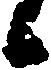
候